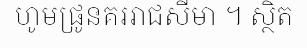
ហូមផ្រូនគររាជសីមា ។ ស្ថិត